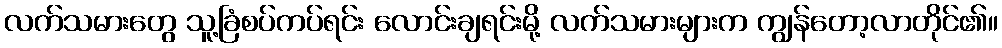
လက်သမားတွေ သူ့ခြံစပ်ကပ်ရင်း လောင်းချရင်းမို့ လက်သမားများက ကျွန်တော့လာတိုင်၏။